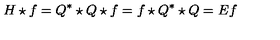
H \star f = Q ^ { * } \star Q \star f = f \star Q ^ { * } \star Q = E f